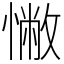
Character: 𢠳